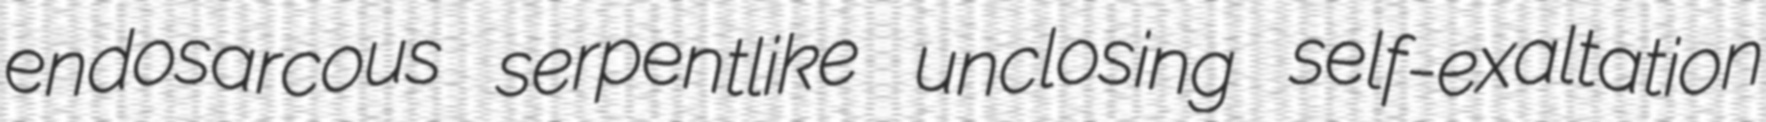
endosarcous serpentlike unclosing self-exaltation